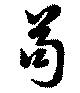
苟